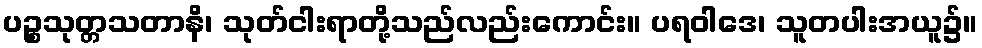
ပဉ္စသုတ္တသတာနိ၊ သုတ်ငါးရာတို့သည်လည်းကောင်း။ ပရဝါဒေ၊ သူတပါးအယူ၌။